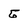
Character: G